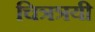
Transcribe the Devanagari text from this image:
चित्रत्रयी